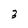
Character: 3